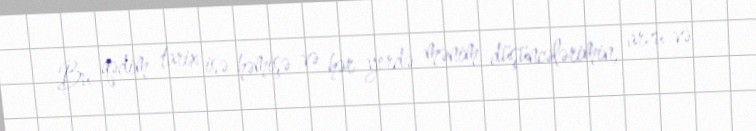
Bu qədim tarix isə həmişə və hər yerdə mənim düşüncələrimin, arzu və